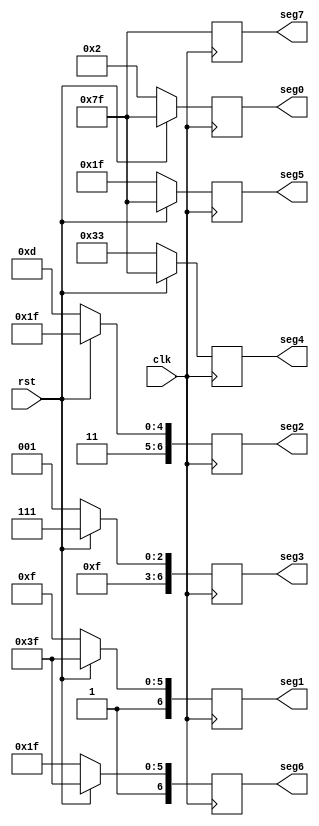
module seg(seg0,seg1,seg2,seg3,seg4,seg5,seg6,seg7,clk,rst);
input clk;
input rst;
output reg[6:0]seg0;
output reg[6:0]seg1;
output reg[6:0]seg2;
output reg[6:0]seg3;
output reg[6:0]seg4;
output reg[6:0]seg5;
output reg[6:0]seg6;
output reg[6:0]seg7;
always@(posedge clk)
begin
	if(!rst)
	begin
		seg0[6:0]=7'b00000010;
		seg1[6:0]=7'b1001111;
		seg2[6:0]=7'b1101101;
		seg3[6:0]=7'b1111001;      
		seg4[6:0]=7'b0110011;      
		seg5[6:0]=7'b0011111;      
		seg6[6:0]=7'b1011111; 
		seg7[6:0]=7'b1111111; 
	end
	else 
	begin
		seg0[6:0]=7'b1111111;
		seg1[6:0]=7'b1111111;
		seg2[6:0]=7'b1111111;
		seg3[6:0]=7'b1111111;      
		seg4[6:0]=7'b1111111;      
		seg5[6:0]=7'b1111111;      
		seg6[6:0]=7'b1111111; 
		seg7[6:0]=7'b1111111; 
	end
end

endmodule